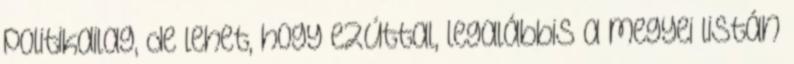
politikailag, de lehet, hogy ezúttal, legalábbis a megyei listán